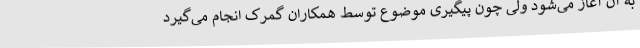
به آن آغاز می‌شود ولی چون پیگیری موضوع توسط همکاران گمرک انجام می‌گیرد